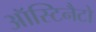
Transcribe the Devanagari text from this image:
ऑस्टिनैटो